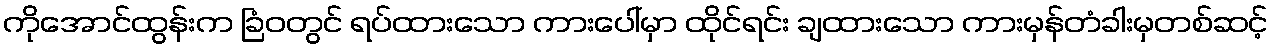
ကိုအောင်ထွန်းက ခြံဝတွင် ရပ်ထားသော ကားပေါ်မှာ ထိုင်ရင်း ချထားသော ကားမှန်တံခါးမှတစ်ဆင့်